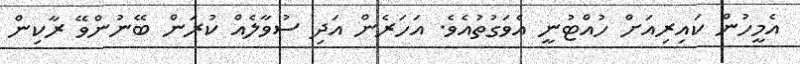
އެމީހުން ކައިރިއަށް ހުއްޓުނީ އެވަގުތުއެވެ. އަހަރެން އަދި ސުވާލެއް ކުރަން ބޭނުންވޭ ރާކިން